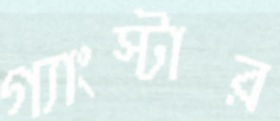
গ্যাংস্টার